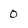
Character: 0